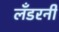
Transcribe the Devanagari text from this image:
लँडरनी